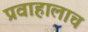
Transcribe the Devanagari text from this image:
प्रवाहालाच